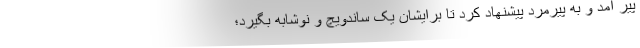
پیر آمد و به پیرمرد پیشنهاد کرد تا برایشان یک ساندویچ و نوشابه بگیرد؛